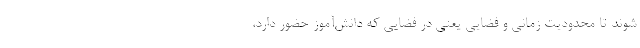
شوند تا محدودیت زمانی و فضایی یعنی در فضایی که دانش‌آموز حضور دارد،